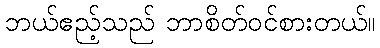
ဘယ်ဧည့်သည် ဘာစိတ်ဝင်စားတယ်။